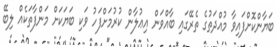
ބަޔާންކޮށްފައިވާ މުއްދަތުގެ ތެރޭގައި ބާއްވަން އިޢުލާން ކުރުމަށްފަހު ވަކި ބަޔަކަށް މަންފާތަކެއް ލިބޭ